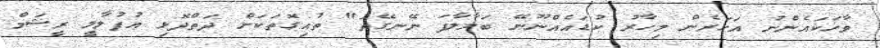
ވާހަކައެންނު އަހަރެން މިހާރު ކުޑައެއްނޫނޭ ބަލާލާފަ ނޭނގޭތަ" ތުއިގޮތަކަށް ދަތްދޮޅި އުފުލާލީ ރީޝަމް